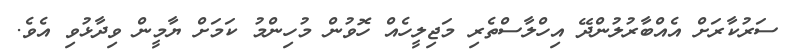
ސަރުކާރަށް އެއްބާރުލުންދޭ އިހްލާސްތެރި މަޖިލީހެއް ހޮވުން މުހިންމު ކަމަށް ޔާމީން ވިދާޅުވި އެވެ.